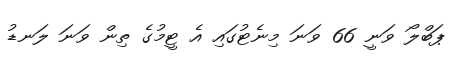
ޕަބްލޯ ވަނީ 66 ވަނަ މިނެޓުގައި އެ ޓީމުގެ ތިން ވަަނަ ލަނޑު